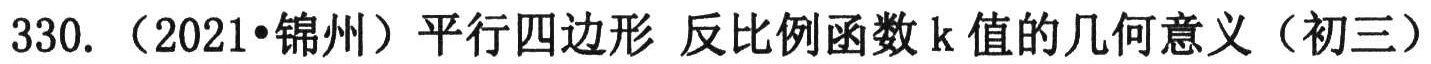
330. （2021•锦州）平行四边形 反比例函数\(k\)值的几何意义（初三）